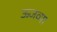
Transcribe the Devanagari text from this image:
ऊजव्या